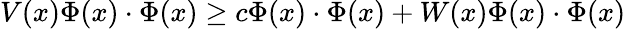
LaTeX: V(x)\Phi(x)\cdot\Phi(x)\geq c\Phi(x)\cdot\Phi(x)+W(x)\Phi(x)\cdot\Phi(x)